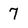
Character: 7